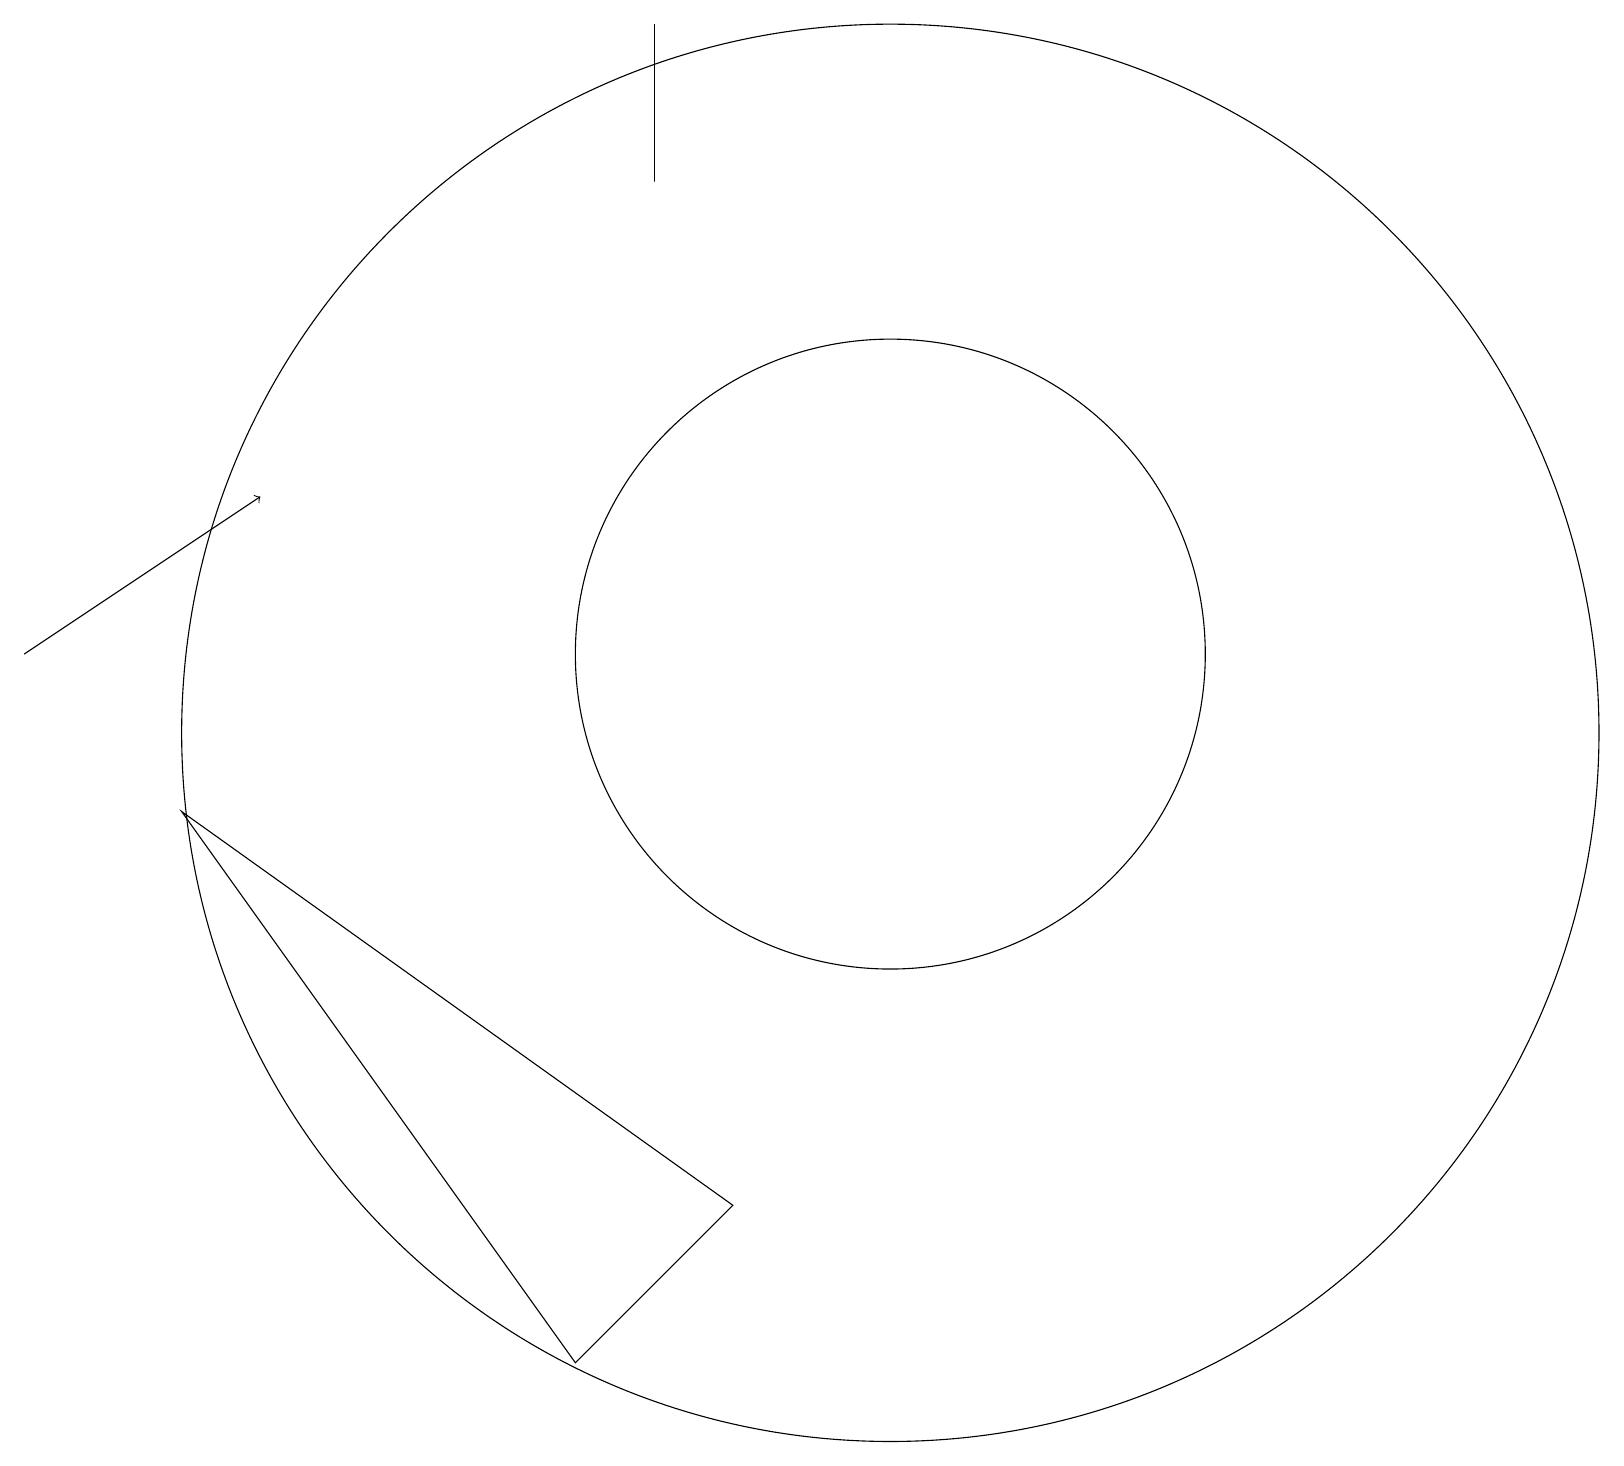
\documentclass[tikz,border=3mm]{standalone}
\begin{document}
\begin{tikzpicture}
\draw[->] (0,11) -- (3,13);
\draw (8,19) rectangle (8,17);
\draw (11,11) circle (4);
\draw (7,2) -- (9,4) -- (2,9) -- cycle;
\draw (11,10) circle (9);
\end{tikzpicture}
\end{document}